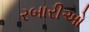
રબારીઓ